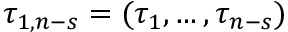
\tau _ { 1 , n - s } = ( \tau _ { 1 } , \dots , \tau _ { n - s } )